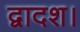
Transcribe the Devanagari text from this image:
द्वादश।